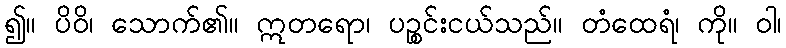
၍။ ပိဝိ၊ သောက်၏။ ဣတရော၊ ပဉ္စင်းငယ်သည်။ တံထေရံ၊ ကို။ ဝါ၊